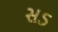
સડ